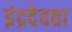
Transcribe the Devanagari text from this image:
इंद्रदेवता